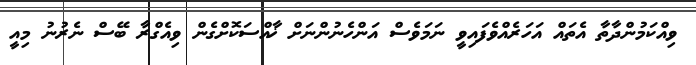
ވިއްކަމުންދާތާ އެތައް އަހަރެއްވެފައިވީ ނަމަވެސް އަންހެނުންނަށް ޚާއްސަކޮށްގެން ވިއެގްރާ ބޭސް ނެރުނު މިއީ